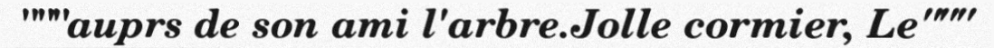
"""auprs de son ami l'arbre.Jolle cormier, Le"""